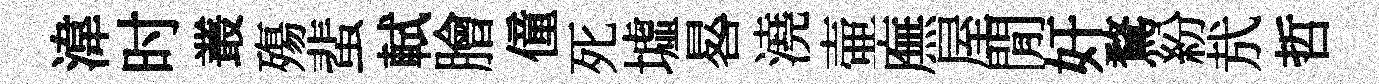
湋时叢殤蜚軾膾僮死墟晷澆壷廡屋閒奸鶩紛㢤哲